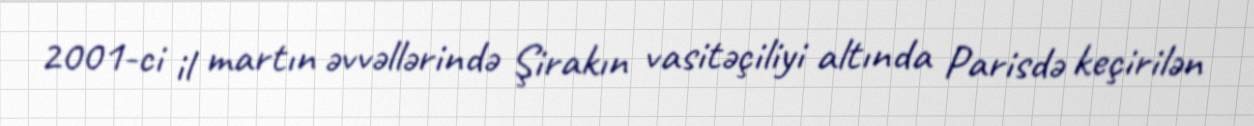
2001-ci il martın əvvəllərində Şirakın vasitəçiliyi altında Parisdə keçirilən